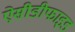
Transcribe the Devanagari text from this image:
ऐसीडीफाइड